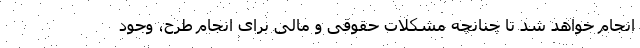
انجام خواهد شد تا چنانچه مشکلات حقوقی و مالی برای انجام طرح، وجود